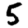
Digit: 5